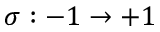
\sigma : - 1 \to + 1